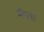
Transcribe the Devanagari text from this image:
मँगवा